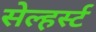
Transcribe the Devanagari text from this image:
सेल्हर्स्ट